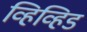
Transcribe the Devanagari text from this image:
व्हिव्हिड